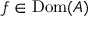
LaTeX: f \in \operatorname { D o m } ( A )